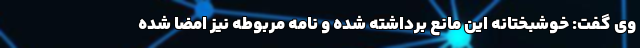
وی گفت: خوشبختانه این مانع برداشته شده و نامه مربوطه نیز امضا شده